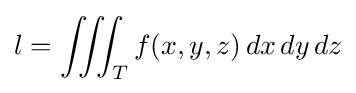
l=\iiint _{T}f(x,y,z)\,dx\,dy\,dz